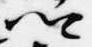
卿